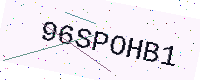
Text: 96SPOHB1